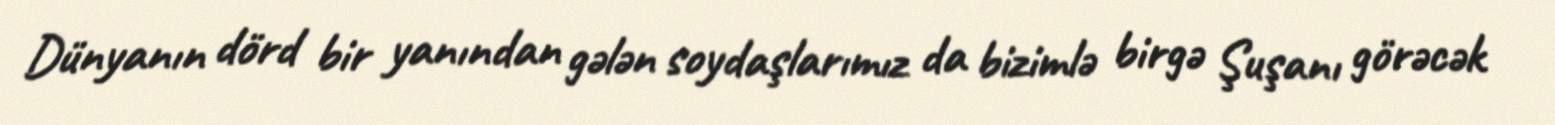
Dünyanın dörd bir yanından gələn soydaşlarımız da bizimlə birgə Şuşanı görəcək